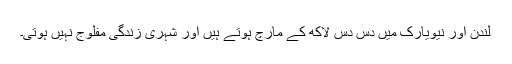
لندن اور نیویارک میں دس دس لاکھ کے مارچ ہوتے ہیں اور شہری زندگی مفلوج نہیں ہوتی۔